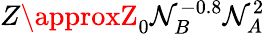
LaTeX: Z\approxZ_{0}\mathcal{N}_{B}^{-0.8}\mathcal{N}_{A}^{2}